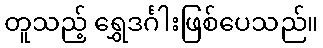
တူသည့် ရွှေဒင်္ဂါးဖြစ်ပေသည်။